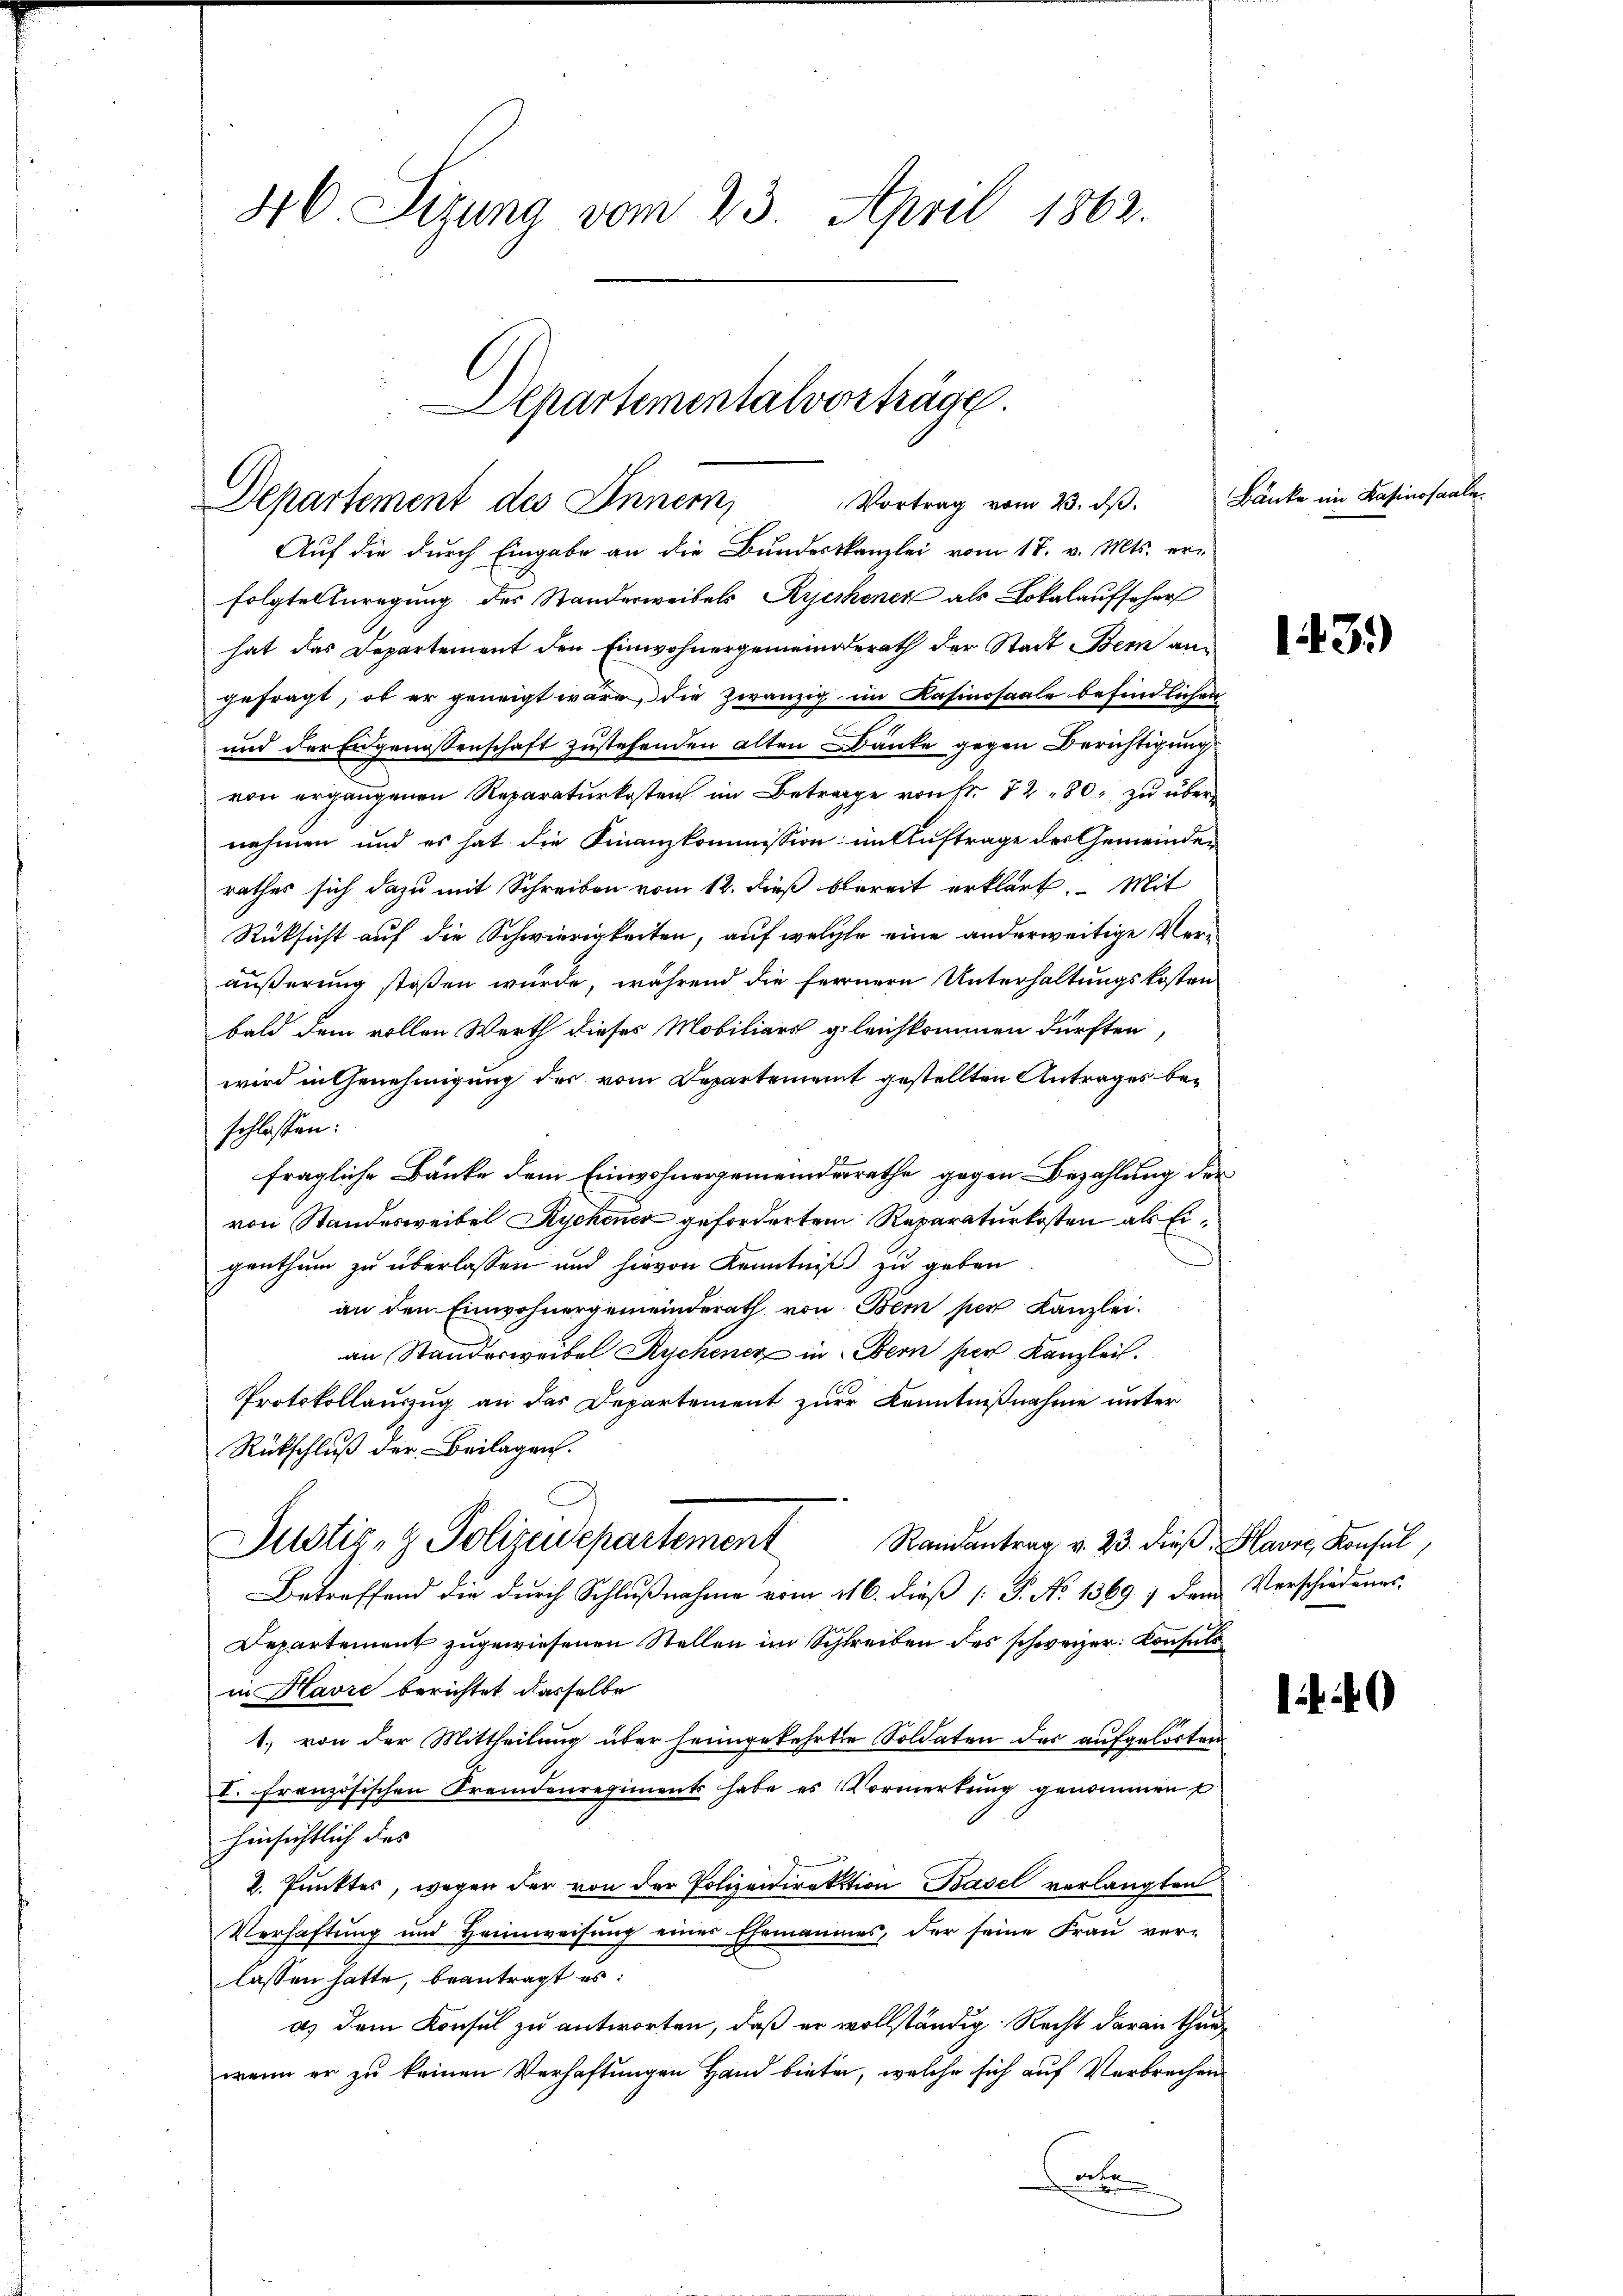
Auf die durch Eingabe an die Bundeskanzlei vom 18. v. Mts. erfolgter Anregung des Standerweibels Ryeckener als Lokalaufseher
hat das Departement den Einwohnergemeinderath der Stadt Bern an
gefragt, ob er geneigt wäre, die zwanzig im Kasinosaale befindlichen
und der Eidgenossenschaft zustehenden alten Danke gegen Berichtigung
von ergangenen Reparaturkosten im Betrage von Fr. 7280, zu über
nehmen und es hat die Finanzkommission: im Auftrage des Gemeinden
rathes sich dazu mit Schreiben vom 12. dieß bereit erklärt. Mit
Rüksicht auf die Schwierigkeiten, auf welche eine anderweitige Veräußerung stoßen würde, während die fernern Unterhaltungskosten
bald dem vollen Werth dieses Mobiliars gleichkommen dürften,
wird in Genehmigung der vom Departement gestellten Antrages beschlossen:
fragliche Bänke dem Einwohnergemeindesrathe gegen Bezahlung der
von Standesweibel Rychener gefordertem Reparaturkosten als Eigenthum zu überlassen und hievon Kenntniß zu geben
an den Einwohnergemeinderath von Bem per Kanzlei.
an Standerweibel Rychener in Bern her Kanzlei.
Protokollauszug an das Departement zur Kenntnißnahme unter
Rückschluß der Beilagen.
Justiz- & Polizeidepartement
Randantrag v. 23. dieß Havre Konsul,
Betreffend die durch Schlußnahme vom 116. dieß [ P. No 1369 ; dem Verschiedens-
Departement zugewiesenen Stellen im Schreiben des schweizer: Consuls
in Havre berichtet dasselbe
1.) von der Mittheilung über heimgekehrte Soldaten des aufgelösten
u. Französischen Fremdenregiments habe es Vormerkŭng genommen
hinsichtlich des
2. Punktes, wegen der von der Polizeidirektion Basel verlangten
Verhaftung und Heimweisung einer Ehemannes, der seine Frau verlassen hatte, beantragt es:
a) dem Konsul zu antworten, daß er vollständig. Recht daran thunwenn er zu keinen Verhaftungen Hand bieten, welche sich auf Verbrechen
ee

46. Sizung vom 23. April 1862.

Departementalvorträge.
Vortrag vom 23. dβ.
Departement des Innern,

Bänke im Kasinosaale.

143.)

0